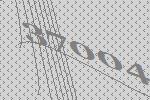
37004